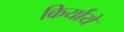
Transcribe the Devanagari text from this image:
किर्याये